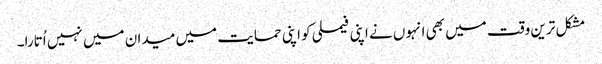
مشکل ترین وقت میں بھی انہوں نے اپنی فیملی کو اپنی حمایت میں میدان میں نہیں اُتارا۔